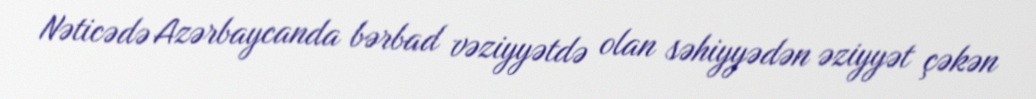
Nəticədə Azərbaycanda bərbad vəziyyətdə olan səhiyyədən əziyyət çəkən